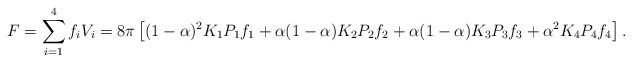
\begin{align*}F = \sum_{i=1}^4 f_i V_i = 8\pi \left[(1-\alpha)^2 K_1 P_1 f_1+ \alpha(1-\alpha) K_2 P_2 f_2 + \alpha(1-\alpha) K_3 P_3 f_3 + \alpha^2 K_4 P_4 f_4 \right].\end{align*}